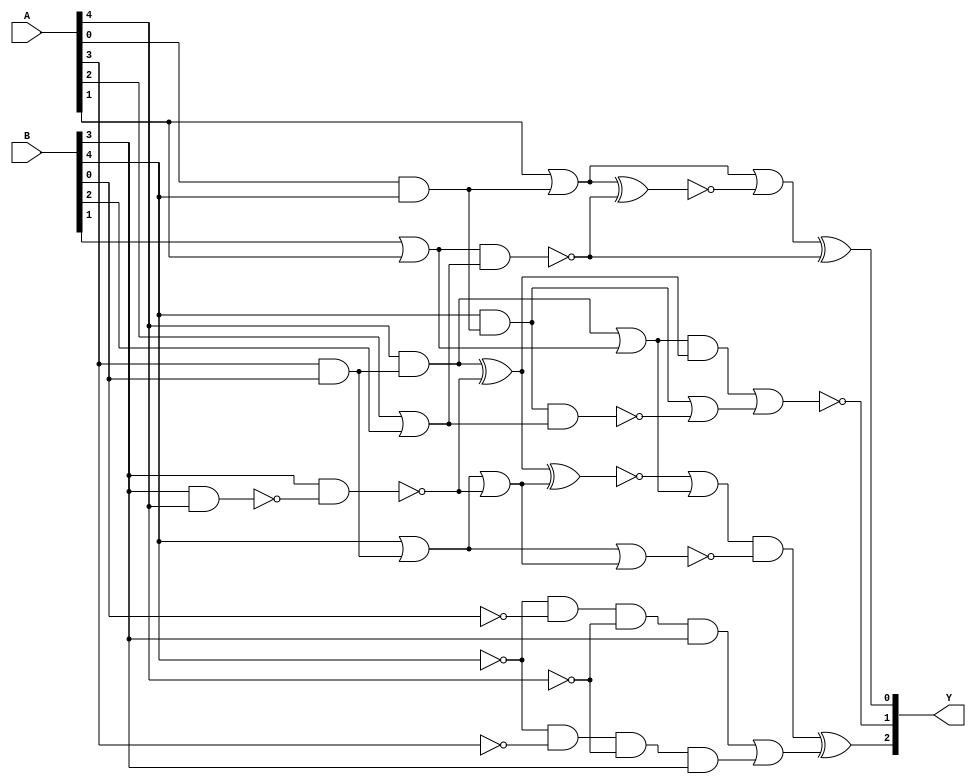
module test_6(Y,A,B);
	input [4:0]A, B;
	output [2:0]Y;
	wire [21:0]W;
	wire sub_wire0, w_eco0, w_eco1, w_eco2;

	and and_1(W[1], A[0], B[4]);
	and and_2(W[2], A[3], B[0]);
	and and_3(W[7], B[4], W[1]);
	and and_4(W[8], A[4], W[2]);
	and and_5(W[14], W[3], W[4]);
	and and_6(sub_wire0, W[0], W[20]);
	nand nand_1(W[21], B[3], A[4]);
	nand nand_2(W[12], W[5], W[6]);
	nand nand_3(W[10], B[3], W[21]);
	nand nand_4(W[17], W[7], W[6]);
	nor nor_1(Y[1], W[14], W[15]);
	or or_1(W[6], A[2], B[2]);
	or or_2(W[5], B[1], A[1]);
	or or_3(W[11], A[1], W[1]);
	or or_4(W[9], B[4], W[2]);
	or or_5(W[3], W[8], W[5]);
	or or_6(W[13], W[9], W[10]);
	or or_7(W[19], W[11], W[16]);
	or or_8(W[15], W[7], W[17]);
	or or_9(W[0], W[18], W[3]);
	xnor xnor_1(W[16], W[11], W[12]);
	xnor xnor_2(W[18], W[4], W[13]);
	xor xor_1(W[4], W[8], W[10]);
	nor nor_2(W[20], W[9], W[13]);
	xor xor_2(Y[0], W[19], W[12]);
	and _ECO_0(w_eco0, !B[4], !B[0], !A[4], B[3]);
	and _ECO_1(w_eco1, !B[4], !A[3], !A[4], B[3]);
	or _ECO_2(w_eco2, w_eco0, w_eco1);
	xor _ECO_out0(Y[2], sub_wire0, w_eco2);

endmodule